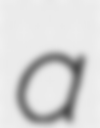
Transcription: a